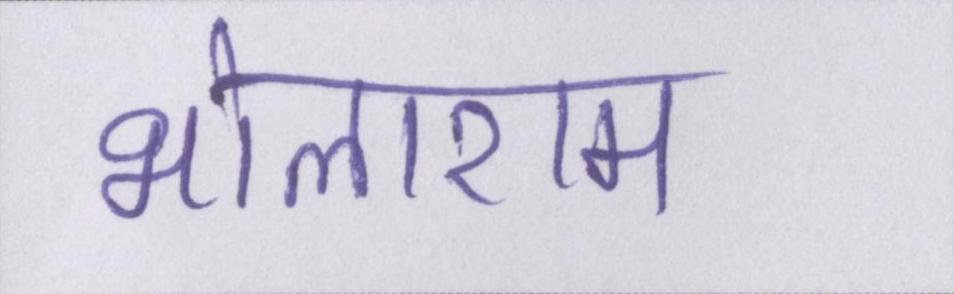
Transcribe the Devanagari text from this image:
भोलाराम